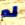
لم